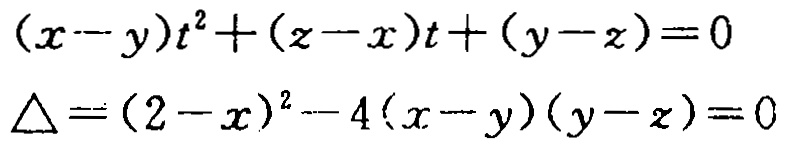
\((x - y)t^{2}+(z - x)t+(y - z)=0\)
\(\Delta=(2 - x)^{2}-4(x - y)(y - z)=0\)